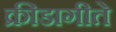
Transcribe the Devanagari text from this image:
क्रीडागीते